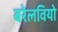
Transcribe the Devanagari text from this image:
बरेलवियो